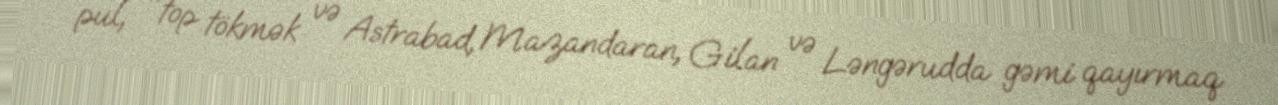
pul, "top tökmək və Astrabad, Mazandaran, Gilan və Ləngərudda gəmi qayırmaq